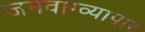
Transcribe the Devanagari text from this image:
जनवाग्व्यापार